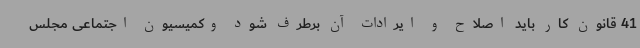
41 قانون کار باید اصلاح و ایرادات آن برطرف شود وکمیسیون اجتماعی مجلس